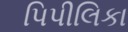
પિપીલિકા